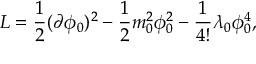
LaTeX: { \cal L } = \frac { 1 } { 2 } ( \partial \phi _ { 0 } ) ^ { 2 } - \frac { 1 } { 2 } m _ { 0 } ^ { 2 } \phi _ { 0 } ^ { 2 } - \frac { 1 } { 4 ! } \lambda _ { 0 } \phi _ { 0 } ^ { 4 } ,